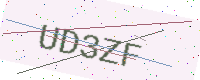
Text: UD3ZF